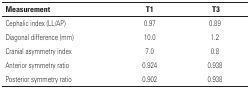
<table><thead><tr><td><b>Measurement</b></td><td><b>T1</b></td><td><b>T3</b></td></tr></thead><tbody><tr><td>Cephalic index (LL/AP)</td><td>0.97</td><td>0.89</td></tr><tr><td>Diagonal difference (mm)</td><td>10.0</td><td>1.2</td></tr><tr><td>Cranial asymmetry index</td><td>7.0</td><td>0.8</td></tr><tr><td>Anterior symmetry ratio</td><td>0.924</td><td>0.938</td></tr><tr><td>Posterior symmetry ratio</td><td>0.902</td><td>0.938</td></tr></tbody></table>